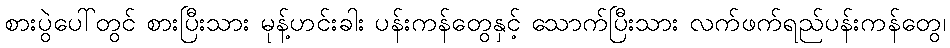
စားပွဲပေါ်တွင် စားပြီးသား မုန့်ဟင်းခါး ပန်းကန်တွေနှင့် သောက်ပြီးသား လက်ဖက်ရည်ပန်းကန်တွေ၊